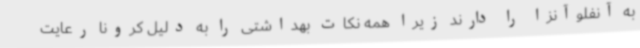
به آنفلوآنزا را دارند زیرا همه نکات بهداشتی را به دلیل کرونا رعایت